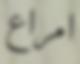
امراع